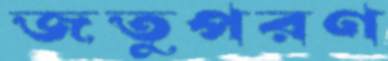
জতুপরণ